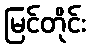
မြင်တိုင်း